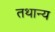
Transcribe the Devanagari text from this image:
तथान्य